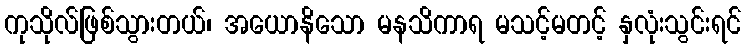
ကုသိုလ်ဖြစ်သွားတယ်၊ အယောနိသော မနသိကာရ မသင့်မတင့် နှလုံးသွင်းရင်